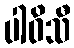
ပါဝိသီ